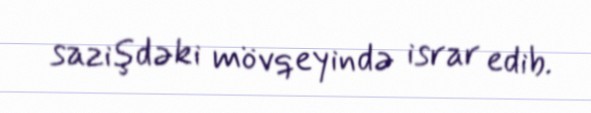
sazişdəki mövqeyində israr edib.